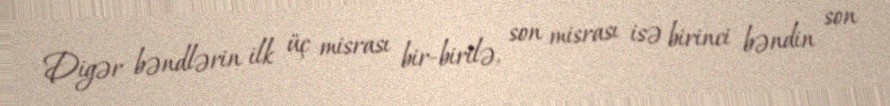
Digər bəndlərin ilk üç misrası bir-birilə, son misrası isə birinci bəndin son